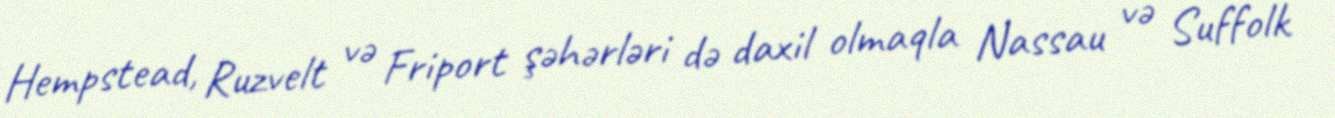
Hempstead, Ruzvelt və Friport şəhərləri də daxil olmaqla Nassau və Suffolk